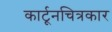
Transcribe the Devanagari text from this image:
कार्टूनचित्रकार